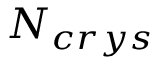
N _ { c r y s }